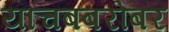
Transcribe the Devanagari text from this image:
याचबबरोबर